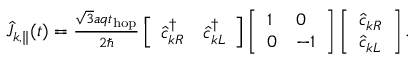
\begin{array} { r } { \hat { J } _ { k , \parallel } ( t ) = \frac { \sqrt { 3 } a q t _ { \mathrm { h o p } } } { 2 \hbar } \left[ \begin{array} { l l } { \hat { c } _ { k R } ^ { \dagger } } & { \hat { c } _ { k L } ^ { \dagger } } \end{array} \right] \left[ \begin{array} { l l } { 1 } & { 0 } \\ { 0 } & { - 1 } \end{array} \right] \left[ \begin{array} { l } { \hat { c } _ { k R } } \\ { \hat { c } _ { k L } } \end{array} \right] . } \end{array}